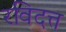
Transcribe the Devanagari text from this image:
रविदत्त